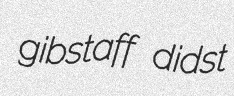
gibstaff didst